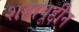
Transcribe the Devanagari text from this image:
शहाबूद्दीन